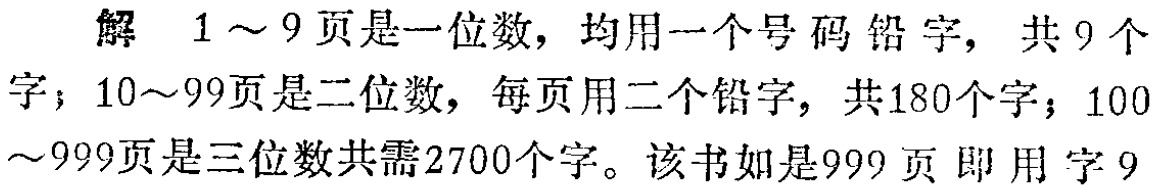
解 \(1\sim 9\)页是一位数，均用一个号码铅字，共\(9\)个字；\(10\sim 99\)页是二位数，每页用二个铅字，共\(180\)个字；\(100\sim 999\)页是三位数共需\(2700\)个字。该书如是\(999\)页即用字\(9\)